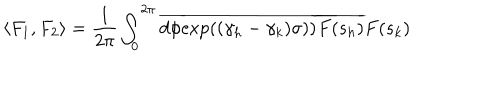
LaTeX: \langle F _ { 1 } , F _ { 2 } \rangle = \frac { 1 } { 2 \pi } \int _ { 0 } ^ { 2 \pi } d \phi \overline { { { \exp ( ( \gamma _ { h } - \gamma _ { k } ) \sigma ) ) } } } \overline { { { F ( s _ { h } ) } } } F ( s _ { k } )